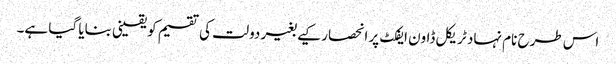
اس طرح نام نہاد ٹریکل ڈاون ایفکٹ پر انحصار کیے بغیر دولت کی تقسیم کو یقینی بنایا گیا ہے۔